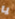
يا